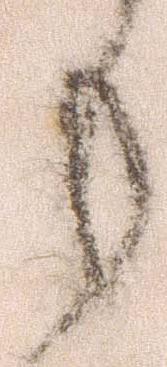
も